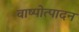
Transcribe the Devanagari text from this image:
वाष्पोत्पादन